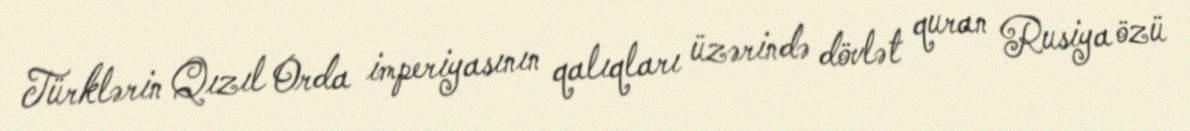
Türklərin Qızıl Orda imperiyasının qalıqları üzərində dövlət quran Rusiya özü